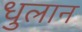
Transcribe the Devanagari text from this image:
धुलान